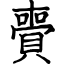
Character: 賷